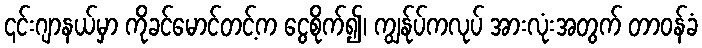
၎င်းဂျာနယ်မှာ ကိုခင်မောင်တင့်က ငွေစိုက်၍၊ ကျွန်ုပ်ကလုပ် အားလုံးအတွက် တာဝန်ခံ